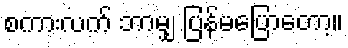
စကားလက် ဘာမျှ ပြန်မပြောတော့။